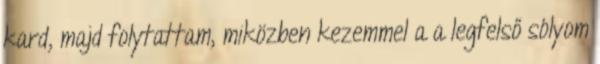
kard, majd folytattam, miközben kezemmel a a legfelső sólyom